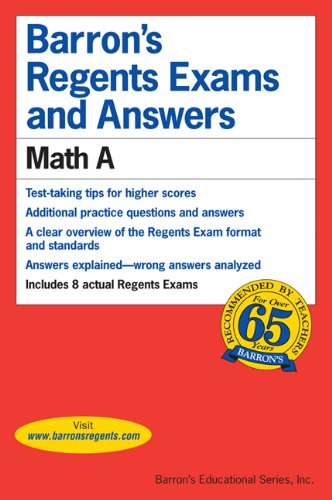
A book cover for Math A (Barron's Regents Exams and Answers Books); Lawrence S. Leff; Test Preparation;